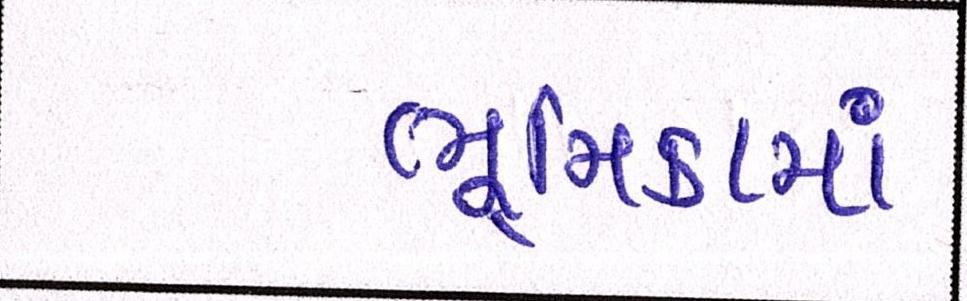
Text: ભૂમિકામાં